Vaccination in Bombay 1902-1912 - 1902-1912
Year: 1902
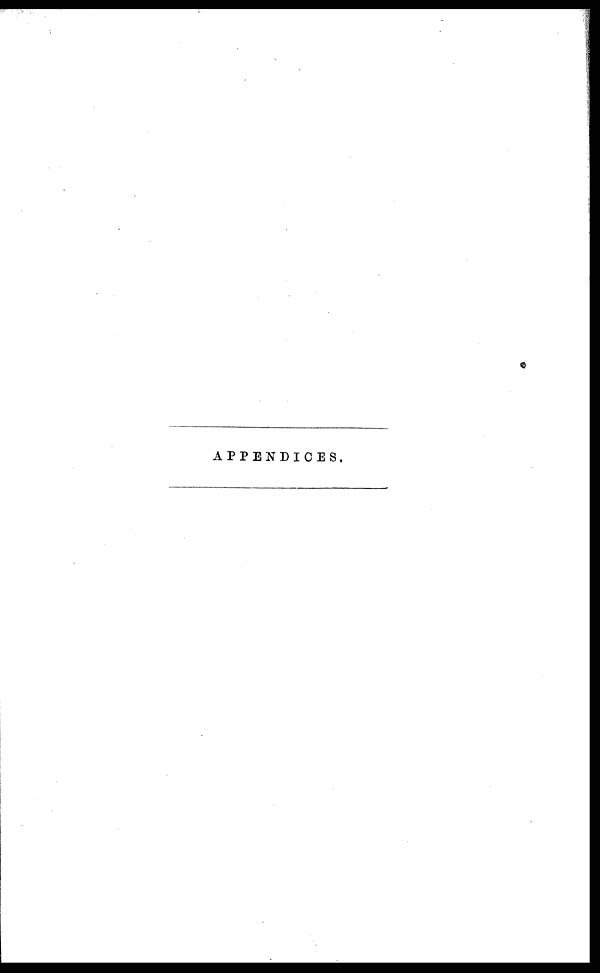
APPENDICES.